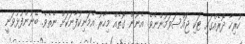
ހުރިހާ ދޮރެއްގައި ޓަކި ޖައްސަވަމުންނެވެ. އެނޫން ގޮތެއް މިހާރު އެމަނިކުފާނަކަށް ނެތެވެ. ބޭނުންފުޅުވަނީ